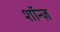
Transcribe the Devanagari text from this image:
शॉन्ज़